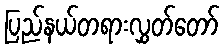
ပြည်နယ်တရားလွှတ်တော်